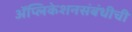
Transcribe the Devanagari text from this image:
ॲप्लिकेशनसंबंधीची